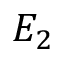
E _ { 2 }